Vital statistics of India. Vol. IV, Annual returns from 1871 to 1876. British Army of India, Native Army and jails of Bengal
Year: 1871
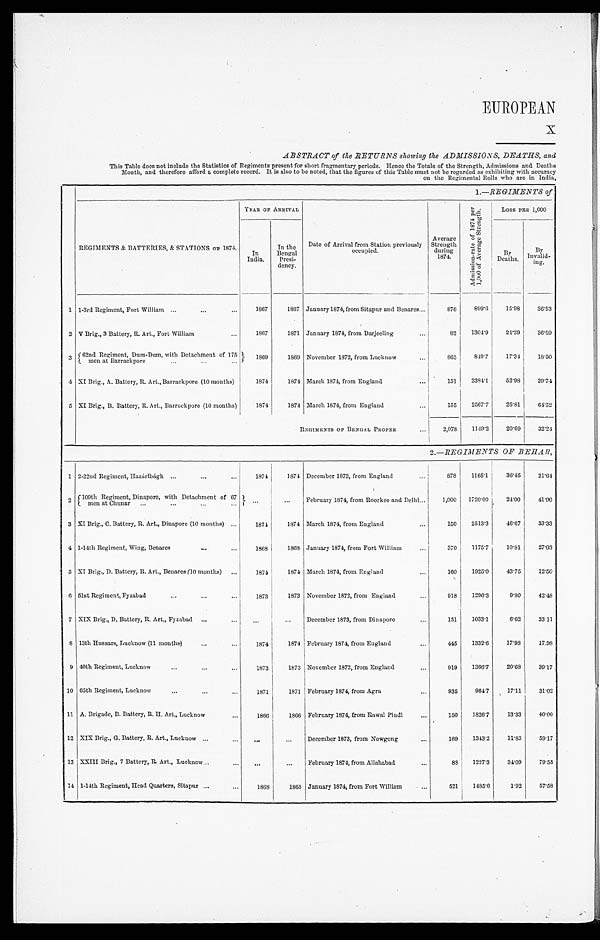
EUROPEAN
ABSTRACT of the RETURNS showing the ADMISSIONS, DEATHS, and
This Table does not include the Statistics of Regiments present for short fragmentary periods. Hence the Totals of the Strength, Admissions and Deaths
Month, and therefore afford a complete record. It is also to be noted, that the figures of this Table must not be regarded as exhibiting with accuracy
on the Regimental Rolls who are in India,
1.—REGIMENTS of
REGIMENTS & BATTERIES, & STATIONS OF 1874.
YEAR OF ARRIVAL
Date of Arrival from Station previously
occupied.
Average
Strength
during
1874.
A d m i s s i o n - r a t e o f 1 8 7 4 p e r 1 , 0 0 0 o f A v e r a g e S t r e n g t h .
Loss PER 1,000
In
India.
In the
Bengal
Presi-
dency.
By Deaths.
By Invalid
-
ing.
1 1-3rd Regiment, Fort William . . .
1867
1867 January 1874, from Sitapur and Benares . . .
876
899.6
15.98
36.53
2 V Brig., 3 Battery, R. Art., Fort William . . .
1867
1871 January 1874, from Darjeeling . . .
82
1304.9
24.39
36.59
3 62nd Regiment, Dum-Dum, with Detachment of 175
men at Barrackpore . . .
1869
1869 November 1872, from Lucknow . . .
865
849.7
17.34
18.50
4 XI Brig., A. Battery, R. Art., Barrackpore (10 months)
1874
1874 March 1874, from England . . .
151
2384.1
52.98
39.74
5 XI Brig., B. Battery, R. Art., Barrackpore (10 months)
1874
1874 March 1874, from England . . .
155
2567.7
25.81
64.52
REGIMENTS OF BENGAL PROPER . . .
2,078
1149.2
20.69
32.24
2.—REGIMENTS OF BEHAR,
1 2-22nd Regiment, Hazáríbágh . . .
1874
1874 December 1873, from England . . .
878
1165.1
36.45
21.64
2 109th Regiment, Dinapore, with Detachment of 67 men at chunar
. . .
. . .
February 1874, from Roorkee and Delhi . . .
1,000
1720.00
24.00
41.00
3 XI Brig., C. Battery, R. Art., Dinapore (10 months) . . .
1874
1874 March 1874, from England . . .
150
2513.3
46.67
33.33
4 1-14th Regiment, Wing, Benares . . .
1868
1868 January 1874, from Fort William . . .
370
1175.7
10.81
27.03
5 XI Brig., D. Battery, R. Art., Benares (10 months) . . .
1874
1874 March 1874, from England . . .
160
1925.0
43.75
12.50
6 51st Regiment, Fyzabad . . .
1873
1873 November 1872, from England . . .
918
1296.3
9.80
42.48
7 XIX Brig., D. Battery, R. Art., Fyzabad . . .
. . .
. . .
December 1873, from Dinapore . . .
151
1033.1
6.62
33.11
8 13th Hussars, Lucknow (11 months). . .
1874
1874 February 1874, from England . . .
445
1332.6
17.98
17.98
9 40th Regiment, Lucknow . . .
1873
1873 November 1872, from England . . .
919
1366.7
20.68
39.17
10 65th Regiment, Lucknow . . .
1871
1871 February 1874, from Agra . . .
935
964.7
17.11
31.02
11 A. Brigade, B. Battery, R. H. Art., Lucknow . . .
1866
1866 February 1874, from Rawal Pindi . . .
150
1826.7
13.33
40.00
12 XIX Brig., G. Battery, R. Art., Lucknow . . .
. . . . . .
December 1873, from Nowgong . . .
169
1343.2
11.83
59.17
13 XXIII Brig., 7 Battery, R Art., Lucknow . . .
. . . . . .
February 1874, from Allahabad . . .
88
1227.3
34.09
79.55
14 1-14th Regiment, Head Quarters, Sitapur . . .
1868
1868 January 1874, from Fort William . . .
521
1485.6
1.92
57.58